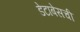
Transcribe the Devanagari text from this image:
डेटाबेसची